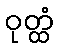
ဝုတ္ထံ